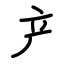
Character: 产